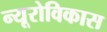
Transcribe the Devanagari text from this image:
न्यूरोविकास